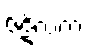
ဇဋိလကံ